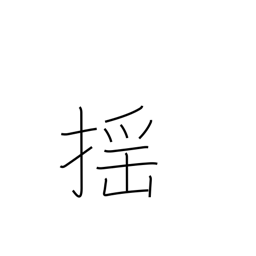
Meaning: tremble